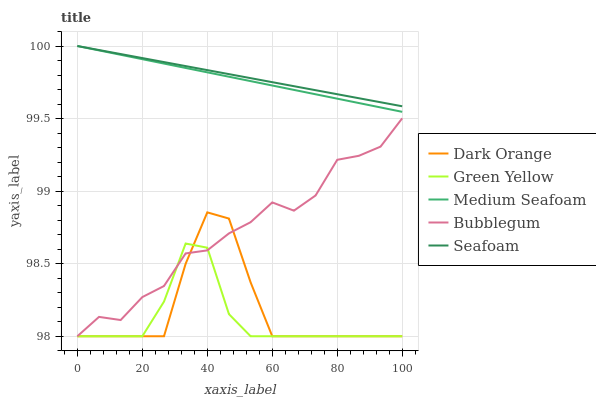
| xaxis_label | Dark Orange | Green Yellow | Medium Seafoam | Bubblegum | Seafoam |
 | --- | --- | --- | --- | --- | --- |
 | 0 | 98 | 98 | 100 | 98 | 100 |
 | 6.67 | 98 | 98 | 100 | 98.1 | 100 |
 | 13.3 | 98 | 98 | 99.9 | 98.1 | 99.9 |
 | 20 | 98 | 98 | 99.9 | 98.3 | 99.9 |
 | 26.7 | 98 | 98.2 | 99.9 | 98.3 | 99.9 |
 | 33.3 | 98.5 | 98.6 | 99.8 | 98.6 | 99.9 |
 | 40 | 98.9 | 98.6 | 99.8 | 98.6 | 99.8 |
 | 46.7 | 98.8 | 98.2 | 99.8 | 98.7 | 99.8 |
 | 53.3 | 98.4 | 98 | 99.8 | 98.8 | 99.8 |
 | 60 | 98 | 98 | 99.7 | 98.9 | 99.8 |
 | 66.7 | 98 | 98 | 99.7 | 98.9 | 99.7 |
 | 73.3 | 98 | 98 | 99.7 | 99 | 99.7 |
 | 80 | 98 | 98 | 99.6 | 99.2 | 99.7 |
 | 86.7 | 98 | 98 | 99.6 | 99.2 | 99.6 |
 | 93.3 | 98 | 98 | 99.6 | 99.3 | 99.6 |
 | 100 | 98 | 98 | 99.5 | 99.5 | 99.6 |